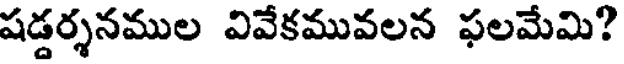
షడ్డర్శనముల వివేకమువలన ఫలమేమి?